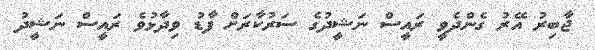
ޖާބިރު އޭރު ގެންދެވީ ރައީސް ނަޝީދުގެ ސަރުކާރަށް ފާޑު ވިދާޅުވެ ރައީސް ނަޝީދު